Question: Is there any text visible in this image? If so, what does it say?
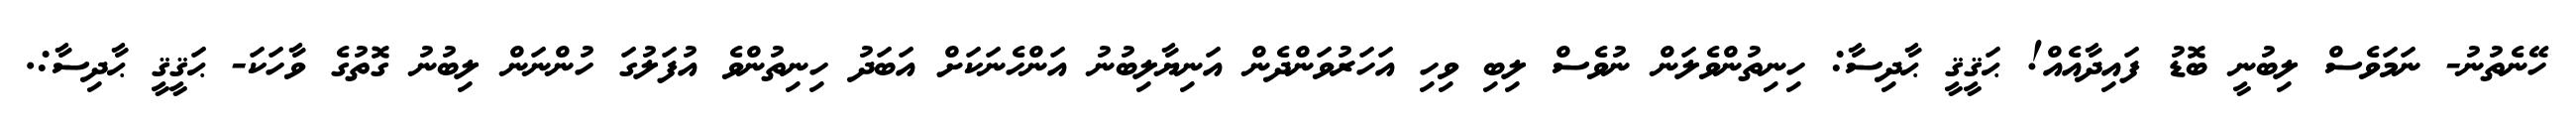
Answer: ހޭނެތުނު- ނަމަވެސް ލިބުނީ ބޮޑު ފައިދާއެއް! ޙަޤީޤީ ޙާދިސާ: ހިނިތުންވެލަން ނުވެސް ލިބި ވިހި އަހަރުވަންދެން އަނިޔާލިބުނު އަންހެނަކަށް އަބަދު ހިނިތުންވެ އުފަލުގަ ހުންނަން ލިބުނު ގޮތުގެ ވާހަކަ- ޙަޤީޤީ ޙާދިސާ:.